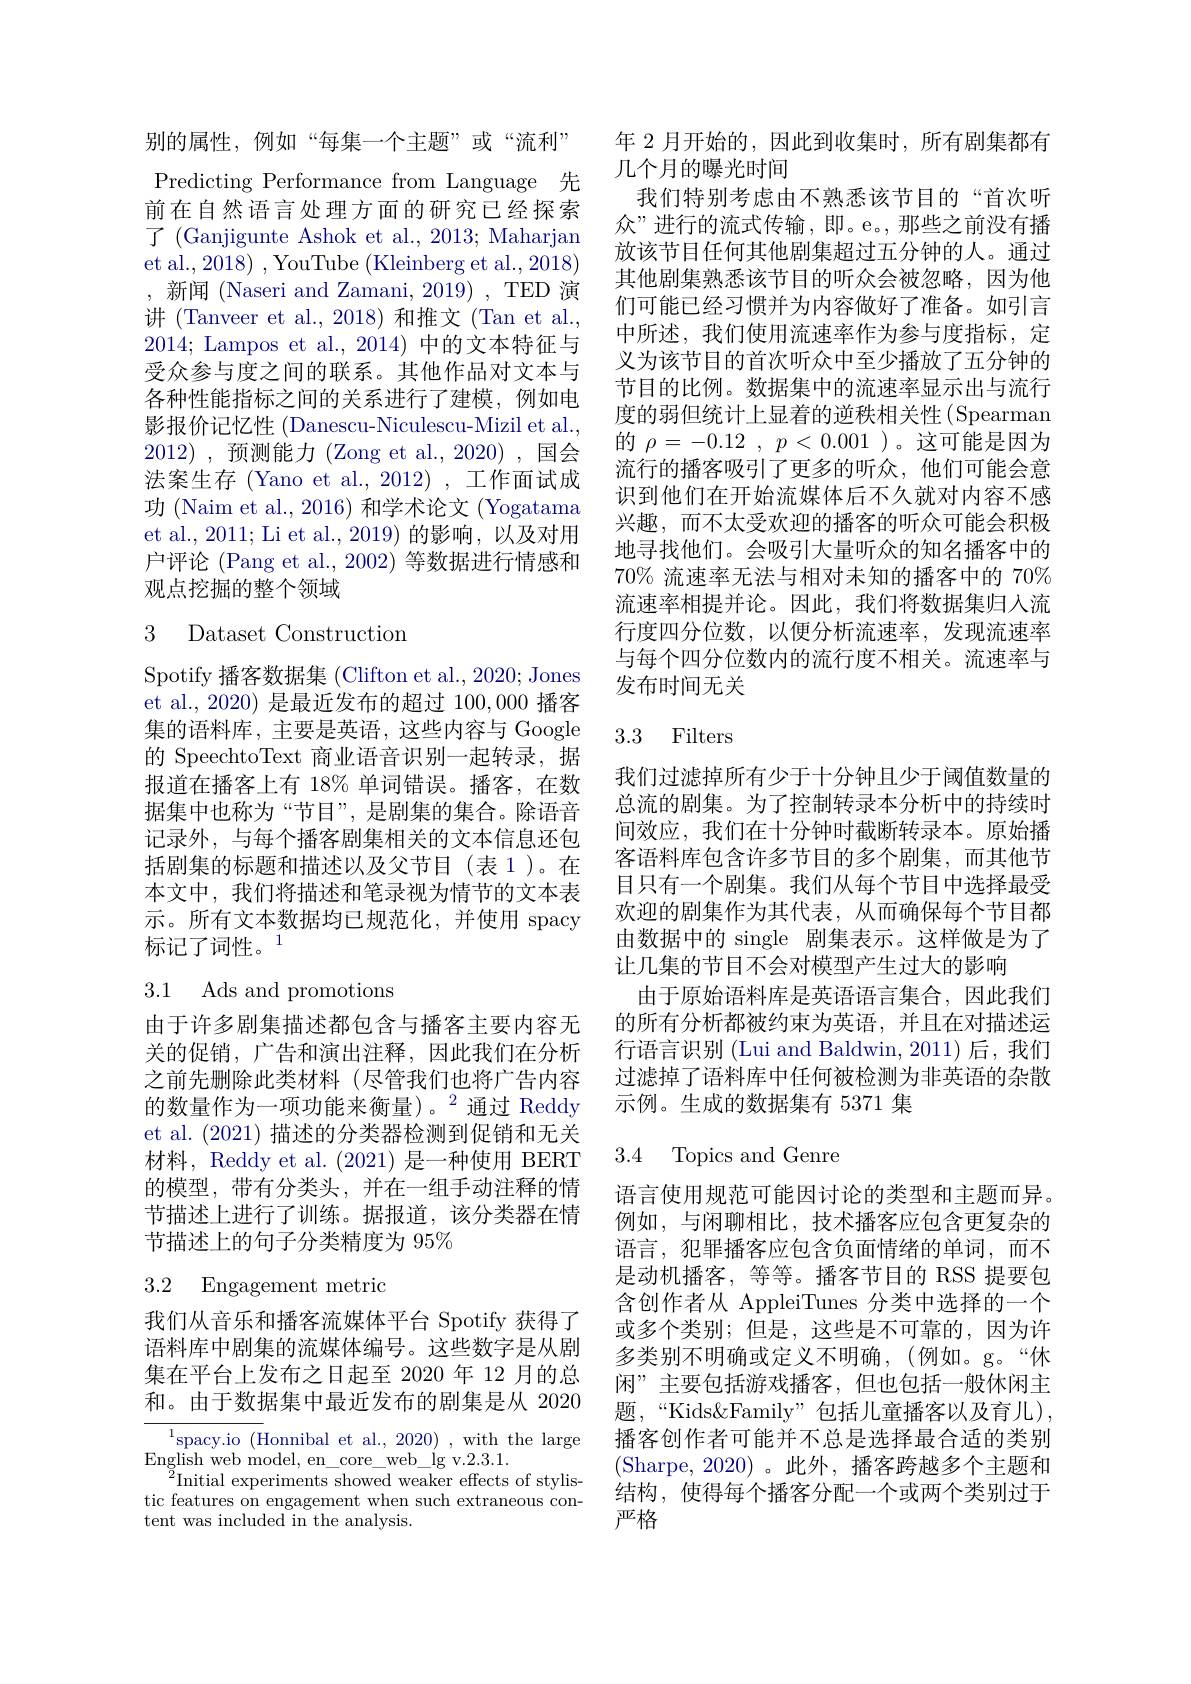
别的属性，例如“每集一个主题”或“流利” Predicting Performance from Language 先前在自然语言处理方面的研究已经探索了 (Ganjigunte Ashok et al., 2013; Maharjan et al., 2018) , YouTube (Kleinberg et al., 2018) ,新闻 (Naseri and Zamani, 2019) , TED 演讲 (Tanveer et al.,2018)和推文(Tan et al., 2014; Lampos et al., 2014) 中的文本特征与受众参与度之间的联系。其他作品对文本与各种性能指标之间的关系进行了建模，例如电影报价记忆性 (Danescu-Niculescu-Mizil et al., 2012) ,预测能力 (Zong et al.,2020),\:国会法案生存 (Yano et al., 2012) , 工作面试成功 (Naim et al., 2016) 和学术论文 (Yogatama et al., 2011; Li et al., 2019) 的影响，以及对用户评论 (Pang et al., 2002) 等数据进行情感和观点挖掘的整个领域

# 3 Dataset Construction

Spotify 播客数据集 (Clifton et al., 2020; Jones et al., 2020) 是最近发布的超过 100,000 播客集的语料库，主要是英语，这些内容与 Google 的 SpeechtoText 商业语音识别一起转录，据报道在播客上有 18% 单词错误。播客，在数据集中也称为“节目”,是剧集的集合。除语音记录外，与每个播客剧集相关的文本信息还包括剧集的标题和描述以及父节目(表 1)。在本文中，我们将描述和笔录视为情节的文本表示。所有文本数据均已规范化，并使用 spacy 标记了词性。1

# 3.1 Ads and promotions

由于许多剧集描述都包含与播客主要内容无关的促销，广告和演出注释，因此我们在分析之前先删除此类材料(尽管我们也将广告内容的数量作为一项功能来衡量)。$^2$通过 Reddy et al. (2021)描述的分类器检测到促销和无关材料，Reddy et al. (2021)是一种使用 BERT 的模型，带有分类头，并在一组手动注释的情节描述上进行了训练。据报道，该分类器在情节描述上的句子分类精度为 95%

# 3.2 Engagement metric

我们从音乐和播客流媒体平台 Spotify 获得了语料库中剧集的流媒体编号。这些数字是从剧集在平台上发布之日起至 2020 年 12 月的总和。由于数据集中最近发布的剧集是从 2020

$^{1}$spacy.io (Honnibal et al., 2020) , with the large
English web model, en$\_$core$\_$web$\_$lg v. 2. 3. 1.
$\overset{2}{\operatorname*{Initial~experiments~showed~weaker~effects~of~stylis-}}$ tic features on engagement when such extraneous content was included in the analysis.

年 2 月开始的，因此到收集时，所有剧集都有
几个月的曝光时间
我们特别考虑由不熟悉该节目的“首次听众”进行的流式传输，即。e。,那些之前没有播放该节目任何其他剧集超过五分钟的人。通过其他剧集熟悉该节目的听众会被忽略，因为他们可能已经习惯并为内容做好了准备。如引言中所述，我们使用流速率作为参与度指标，定义为该节目的首次听众中至少播放了五分钟的节目的比例。数据集中的流速率显示出与流行度的弱但统计上显着的逆秩相关性(Spearman 的$\rho = - 0. 12$ , $p< 0. 001$ )。这可能是因为流行的播客吸引了更多的听众，他们可能会意识到他们在开始流媒体后不久就对内容不感兴趣，而不太受欢迎的播客的听众可能会积极地寻找他们。会吸引大量听众的知名播客中的$70\%$流速率无法与相对未知的播客中的$70\%$ 流速率相提并论。因此，我们将数据集归入流行度四分位数，以便分析流速率，发现流速率与每个四分位数内的流行度不相关。流速率与发布时间无关

### 3.3 Filters

我们过滤掉所有少于十分钟且少于阈值数量的总流的剧集。为了控制转录本分析中的持续时间效应，我们在十分钟时截断转录本。原始播客语料库包含许多节目的多个剧集，而其他节目只有一个剧集。我们从每个节目中选择最受欢迎的剧集作为其代表，从而确保每个节目都由数据中的 single 剧集表示。这样做是为了让几集的节目不会对模型产生过大的影响
由于原始语料库是英语语言集合，因此我们的所有分析都被约束为英语，并且在对描述运行语言识别 (Lui and Baldwin, 2011) 后，我们过滤掉了语料库中任何被检测为非英语的杂散示例。生成的数据集有 5371 集

## 3.4 Topics and Genre

语言使用规范可能因讨论的类型和主题而异。例如，与闲聊相比，技术播客应包含更复杂的语言，犯罪播客应包含负面情绪的单词，而不是动机播客，等等。播客节目的 RSS 提要包含创作者从 AppleiTunes 分类中选择的一个或多个类别；但是，这些是不可靠的，因为许多类别不明确或定义不明确，(例如。g。“休闲”主要包括游戏播客，但也包括一般休闲主题，“Kids&Family”包括儿童播客以及育儿), 播客创作者可能并不总是选择最合适的类别(Sharpe,2020)。此外，播客跨越多个主题和结构，使得每个播客分配一个或两个类别过于严格